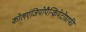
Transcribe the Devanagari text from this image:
कोलएंजियोपैन्क्रियेटोग्राफी